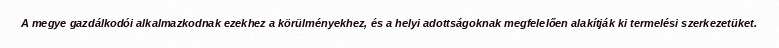
A megye gazdálkodói alkalmazkodnak ezekhez a körülményekhez, és a helyi adottságoknak megfelelően alakítják ki termelési szerkezetüket.